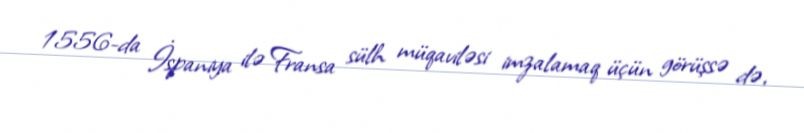
1556-da İspaniya ilə Fransa sülh müqaviləsi imzalamaq üçün görüşsə də,